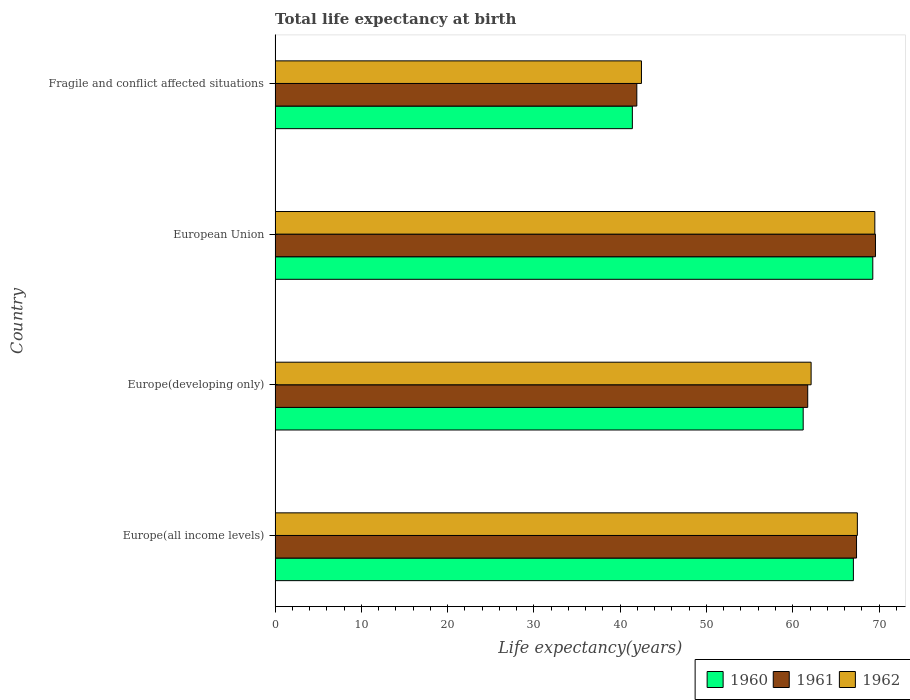
| Country | 1960 | 1961 | 1962 |
 | --- | --- | --- | --- |
 | Europe(all income levels) | 67 | 67.4 | 67.5 |
 | Europe(developing only) | 61.2 | 61.7 | 62.1 |
 | European Union | 69.3 | 69.6 | 69.5 |
 | Fragile and conflict affected situations | 41.4 | 41.9 | 42.5 |